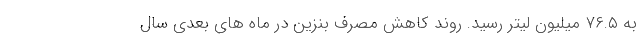
به ۷۶.۵ میلیون لیتر رسید. روند کاهش مصرف بنزین در ماه های بعدی سال